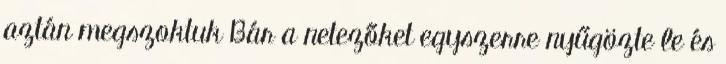
aztán megszoktuk Bár a netezőket egyszerre nyűgözte le és